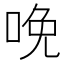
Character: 𠲶